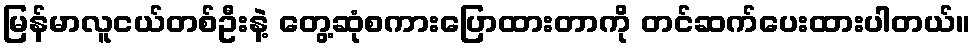
မြန်မာလူငယ်တစ်ဦးနဲ့ တွေ့ဆုံစကားပြောထားတာကို တင်ဆက်ပေးထားပါတယ်။